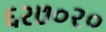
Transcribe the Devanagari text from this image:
६२७०२०